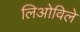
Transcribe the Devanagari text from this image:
लिओविले